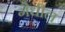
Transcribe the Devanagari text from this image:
गैधील